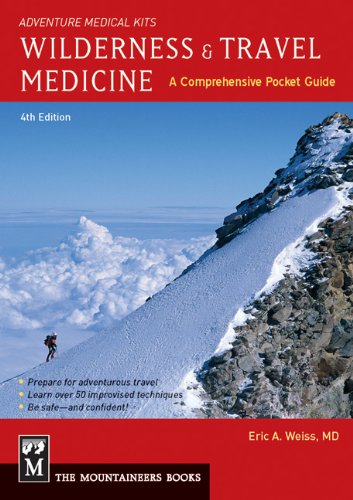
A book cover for Wilderness and Travel Medicine; Eric Weiss; Health, Fitness & Dieting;